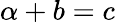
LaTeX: \alpha+b=c